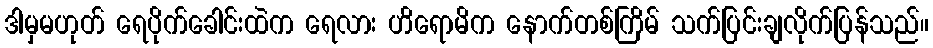
ဒါမှမဟုတ် ရေပိုက်ခေါင်းထဲက ရေလား ဟိရောမိက နောက်တစ်ကြိမ် သက်ပြင်းချလိုက်ပြန်သည်။